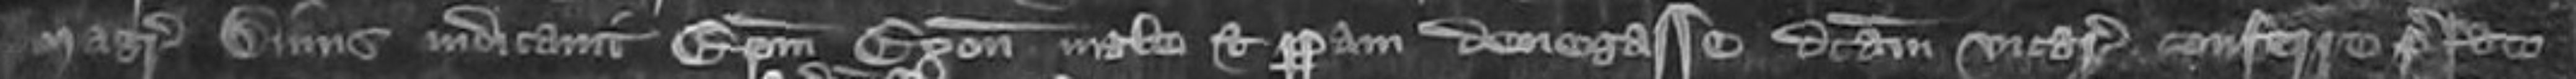
magistrus Dinus indicavit Episcopum Exonie male et perperam denegasse dictam vicariam conferre prefato